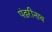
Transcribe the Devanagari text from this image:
पंढ़रीनाथ